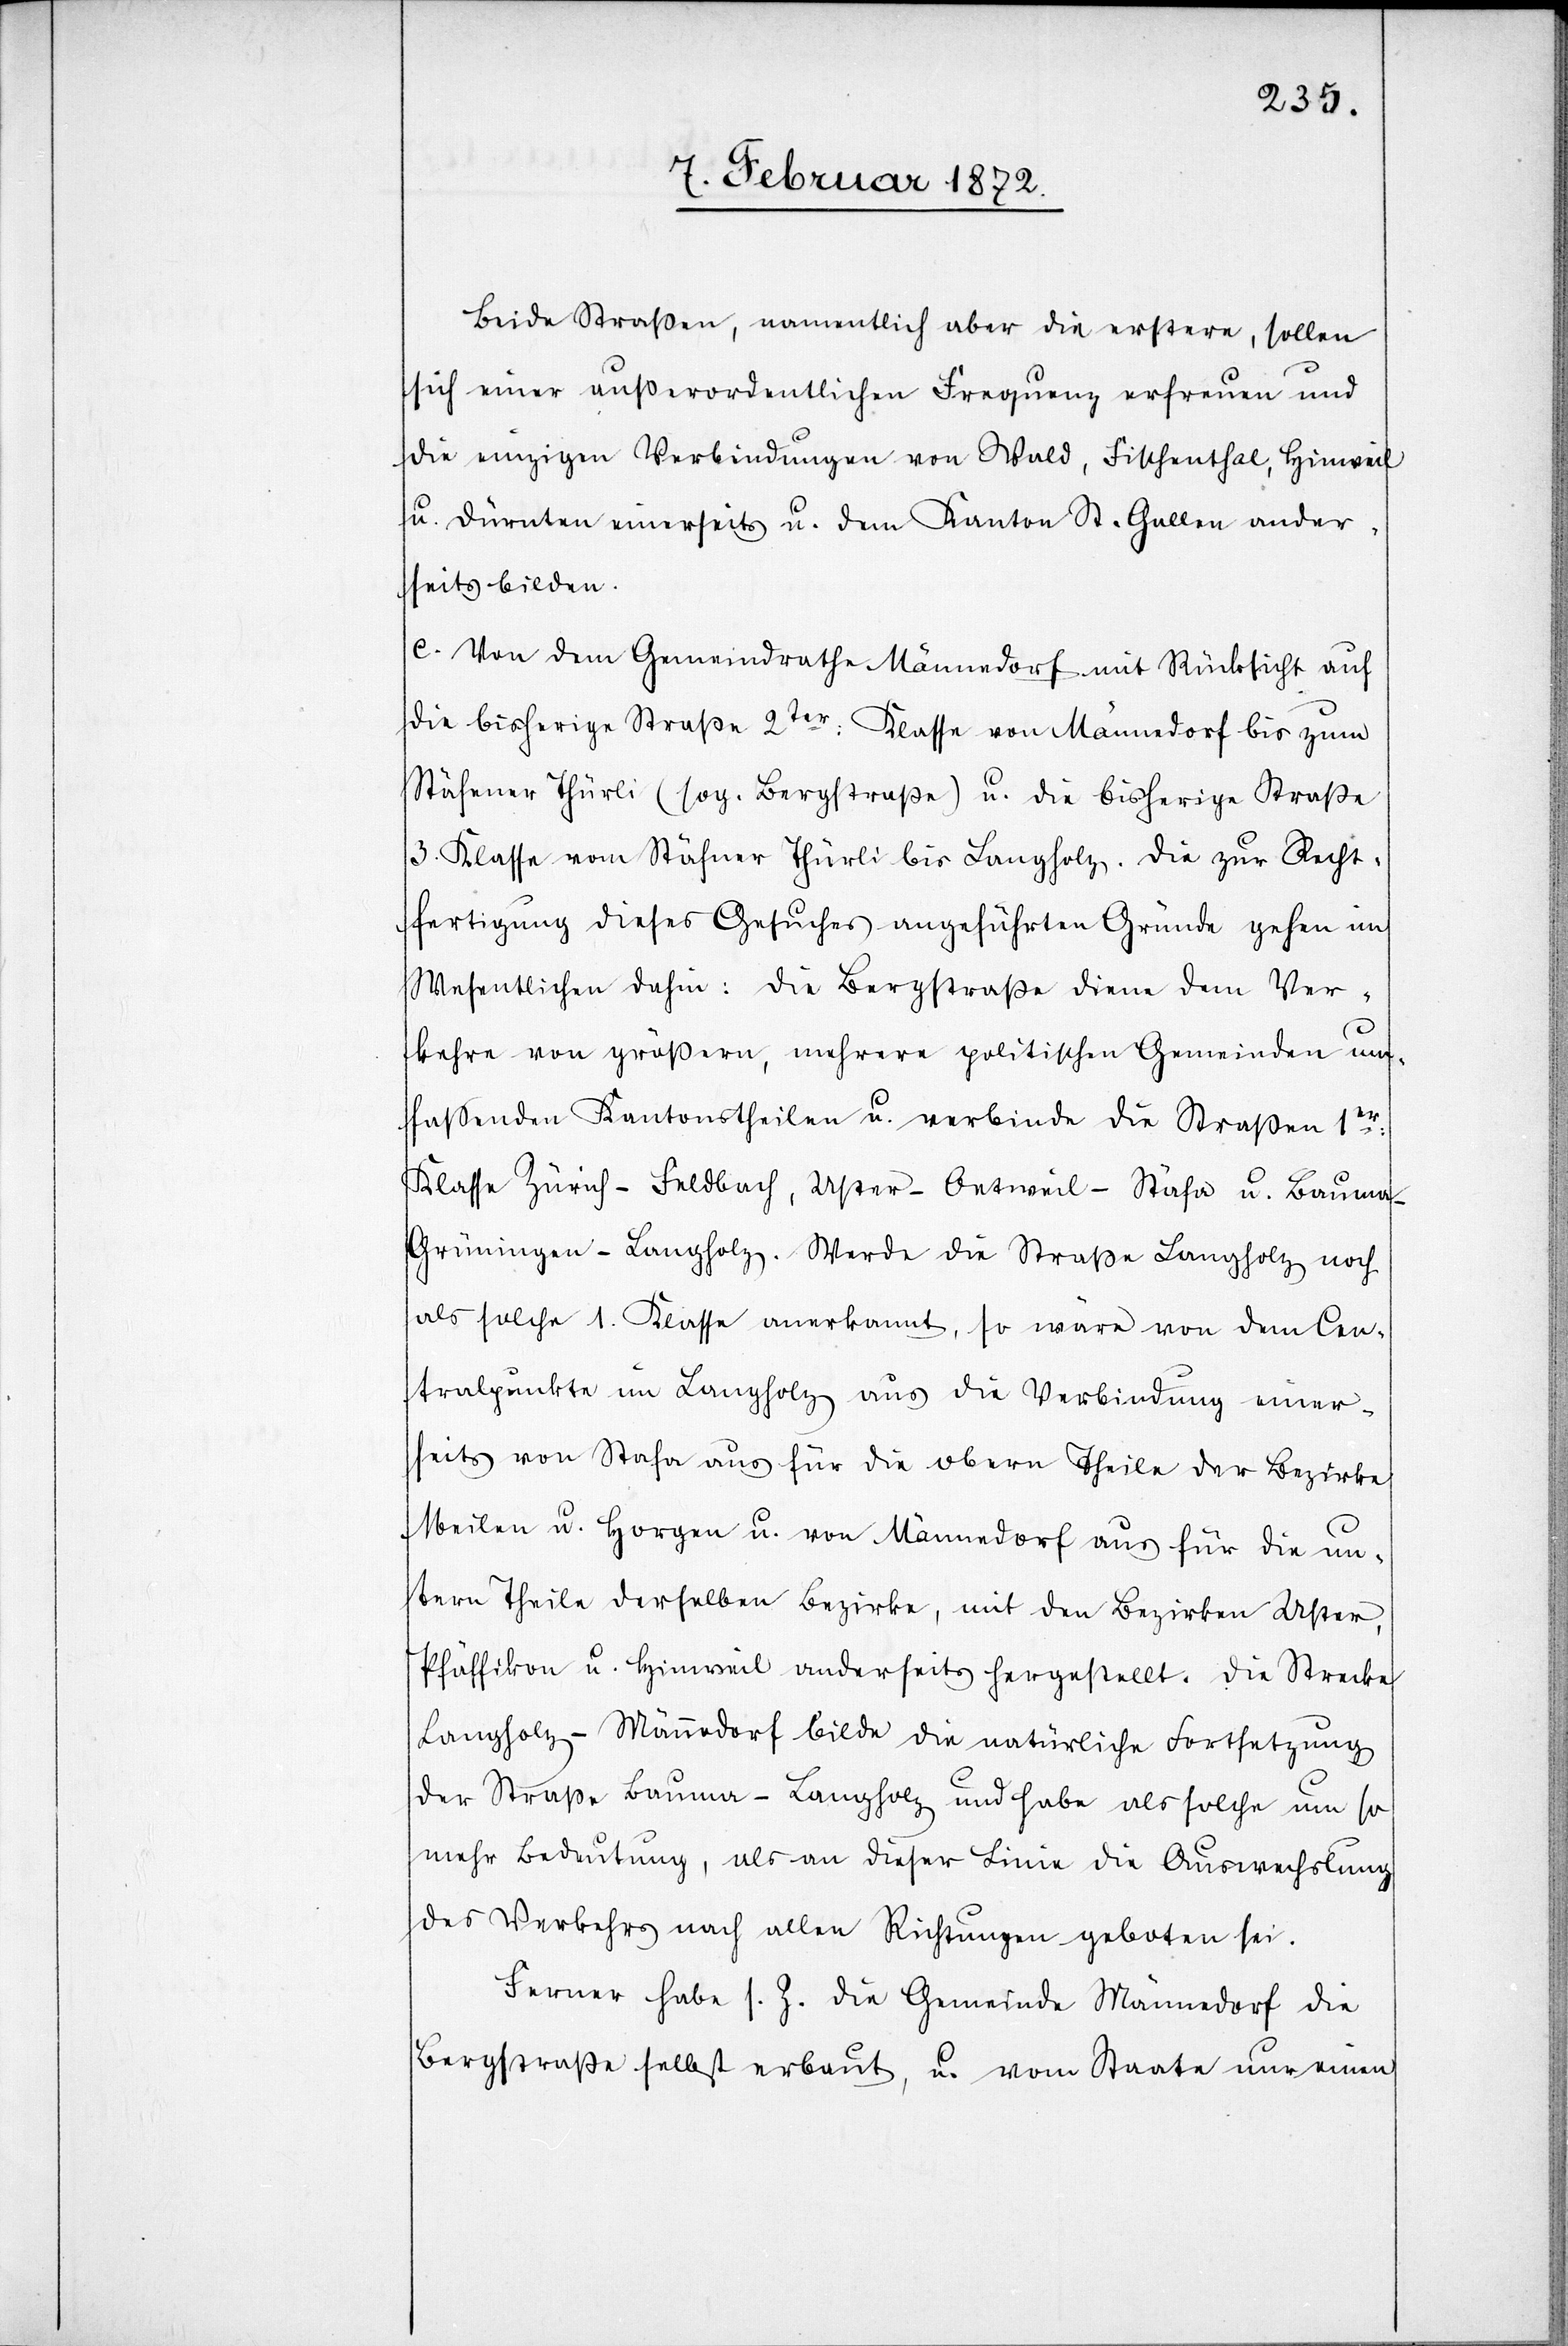
Beide Straßen, namentlich aber die erstere, sollen
sich einer außerordentlichen Frequenz erfreuen und
die einzigen Verbindungen von Wald, Fischenthal, Hinweil
u. Dürnten einerseits u. dem Kanton St. Gallen ander¬
seits bilden.
e. Von dem Gemeindrathe Männedorf mit Rücksicht auf
die bisherige Straße 2ter Klasse von Männedorf bis zum
Stäfener Thürli (sog. Bergstraße) u. die bisherige Straße
3. Klasse von Stäfner Thürli bis Langholz. Die zur Recht¬
fertigung dieses Gesuches angeführten Gründe gehen im
Wesentlichen dahin: die Bergstraße diene dem Ver¬
kehre von größern, mehrere politischen Gemeinden um¬
fassenden Kantonstheilen u. verbinde die Straßen 1er
Klasse Zürich–Feldbach, Uster–Ontweil–Stäfa u. Baum¬
a–Grüningen–Langholz. Werde die Straße Langholz noch
als solche 1. Klasse anerkannt, so wäre von dem Cen¬
tralpunkte im Langholz aus die Verbindung einer¬
seits von Stafa aus für die obern Theile der Bezirke
Meilen u. Horgen u. von Männedorf aus für die un¬
tern Theile derselben Bezirke, mit den Bezirken Uster,
Pfäffikon u. Hinweil anderseits hergestellt. Die Strecke
Langholz–Männedorf bilde die natürliche Fortsetzung
der Straße Bauma–Langholz und habe als solche um so
mehr Bedeutung, als an dieser Linie die Auswechslung
des Verkehrs nach allen Richtungen geboten sei.
Ferner habe s. Z. die Gemeinde Männedorf die
Bergstraße selbst erbaut, u. vom Staate nur einen